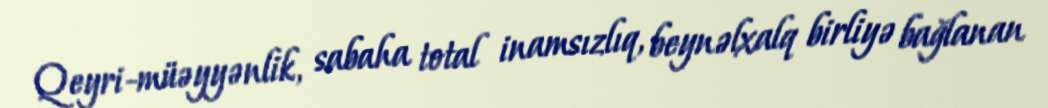
Qeyri-müəyyənlik, sabaha total inamsızlıq, beynəlxalq birliyə bağlanan